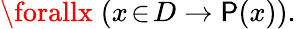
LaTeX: \forallx\; (x\! \in\! D\to\mathsf{P}(x)).